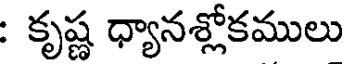
: కృష్ణ ధ్యానశ్లోకములు